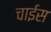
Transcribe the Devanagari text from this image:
चाईस